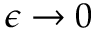
\epsilon \rightarrow 0